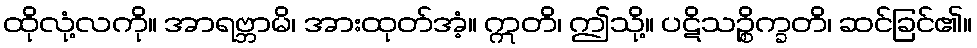
ထိုလုံ့လကို။ အာရဗ္ဘာမိ၊ အားထုတ်အံ့။ ဣတိ၊ ဤသို့။ ပဋိသဉ္စိက္ခတိ၊ ဆင်ခြင်၏။